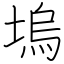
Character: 塢